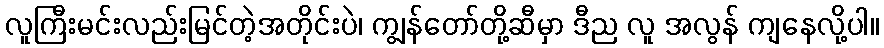
လူကြီးမင်းလည်းမြင်တဲ့အတိုင်းပဲ၊ ကျွန်တော်တို့ဆီမှာ ဒီည လူ အလွန် ကျနေလို့ပါ။